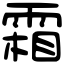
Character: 霜